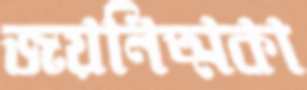
জয়নিত্মকা